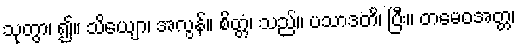
သုတွာ၊ ၍။ သိယျော၊ အလွန်။ စိတ္တံ၊ သည်။ ပသာဒတိ၊ ပြီး။ တမေဝအတ္တ၊